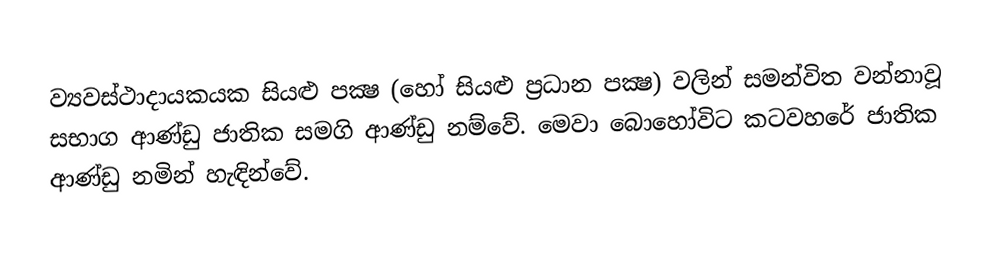
ව්‍යවස්ථාදායකයක සියළු පක්‍ෂ (හෝ සියළු ප්‍රධාන පක්‍ෂ) වලින් සමන්විත වන්නාවූ සභාග ආණ්ඩු ජාතික සමගි ආණ්ඩු නම්වේ. මෙවා බොහෝවිට කටවහරේ ජාතික ආණ්ඩු නමින් හැඳින්වේ.